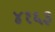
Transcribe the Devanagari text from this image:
४१६३